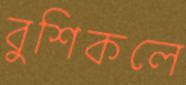
বুশিকলে